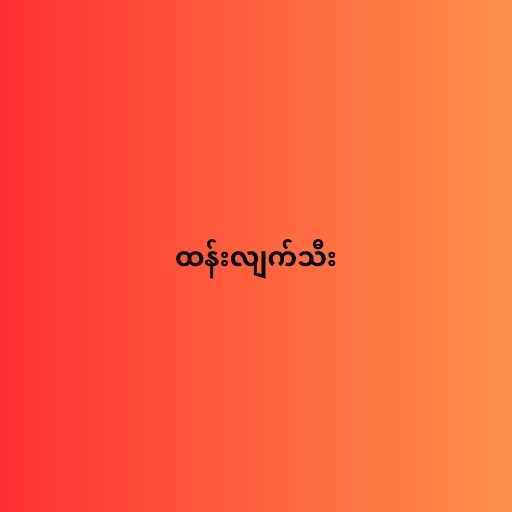
ထန်းလျက်သီး